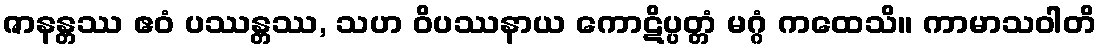
ဇာနန္တဿ ဧဝံ ပဿန္တဿ, သဟ ဝိပဿနာယ ကောဋိပ္ပတ္တံ မဂ္ဂံ ကထေသိ။ ကာမာသဝါတိ